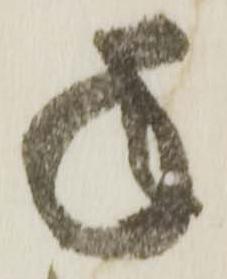
年